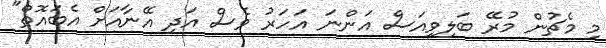
މި މެޗުން މުރޭ ބަލިވިއަސް އަންނަ އަހަރު ވެސް އަދި އޭނާއަށް އެބައޮތް"